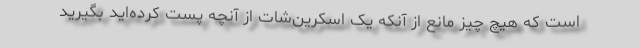
است که هیچ چیز مانع از آنکه یک اسکرین‌شات از آنچه پست کرده‌اید بگیرید